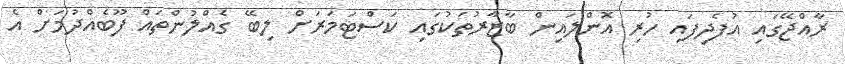
ރާއްޖޭގައި އުފެދިފައި ހުރި އޮންލައިން ބާޒާރުތަކުގައި ކަސްޓަމަރަށް ލިބޭ ގެއްލުންތައް ފޫބެއްދުމަށް އެ